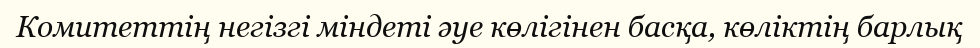
Комитеттің негізгі міндеті әуе көлігінен басқа, көліктің барлық